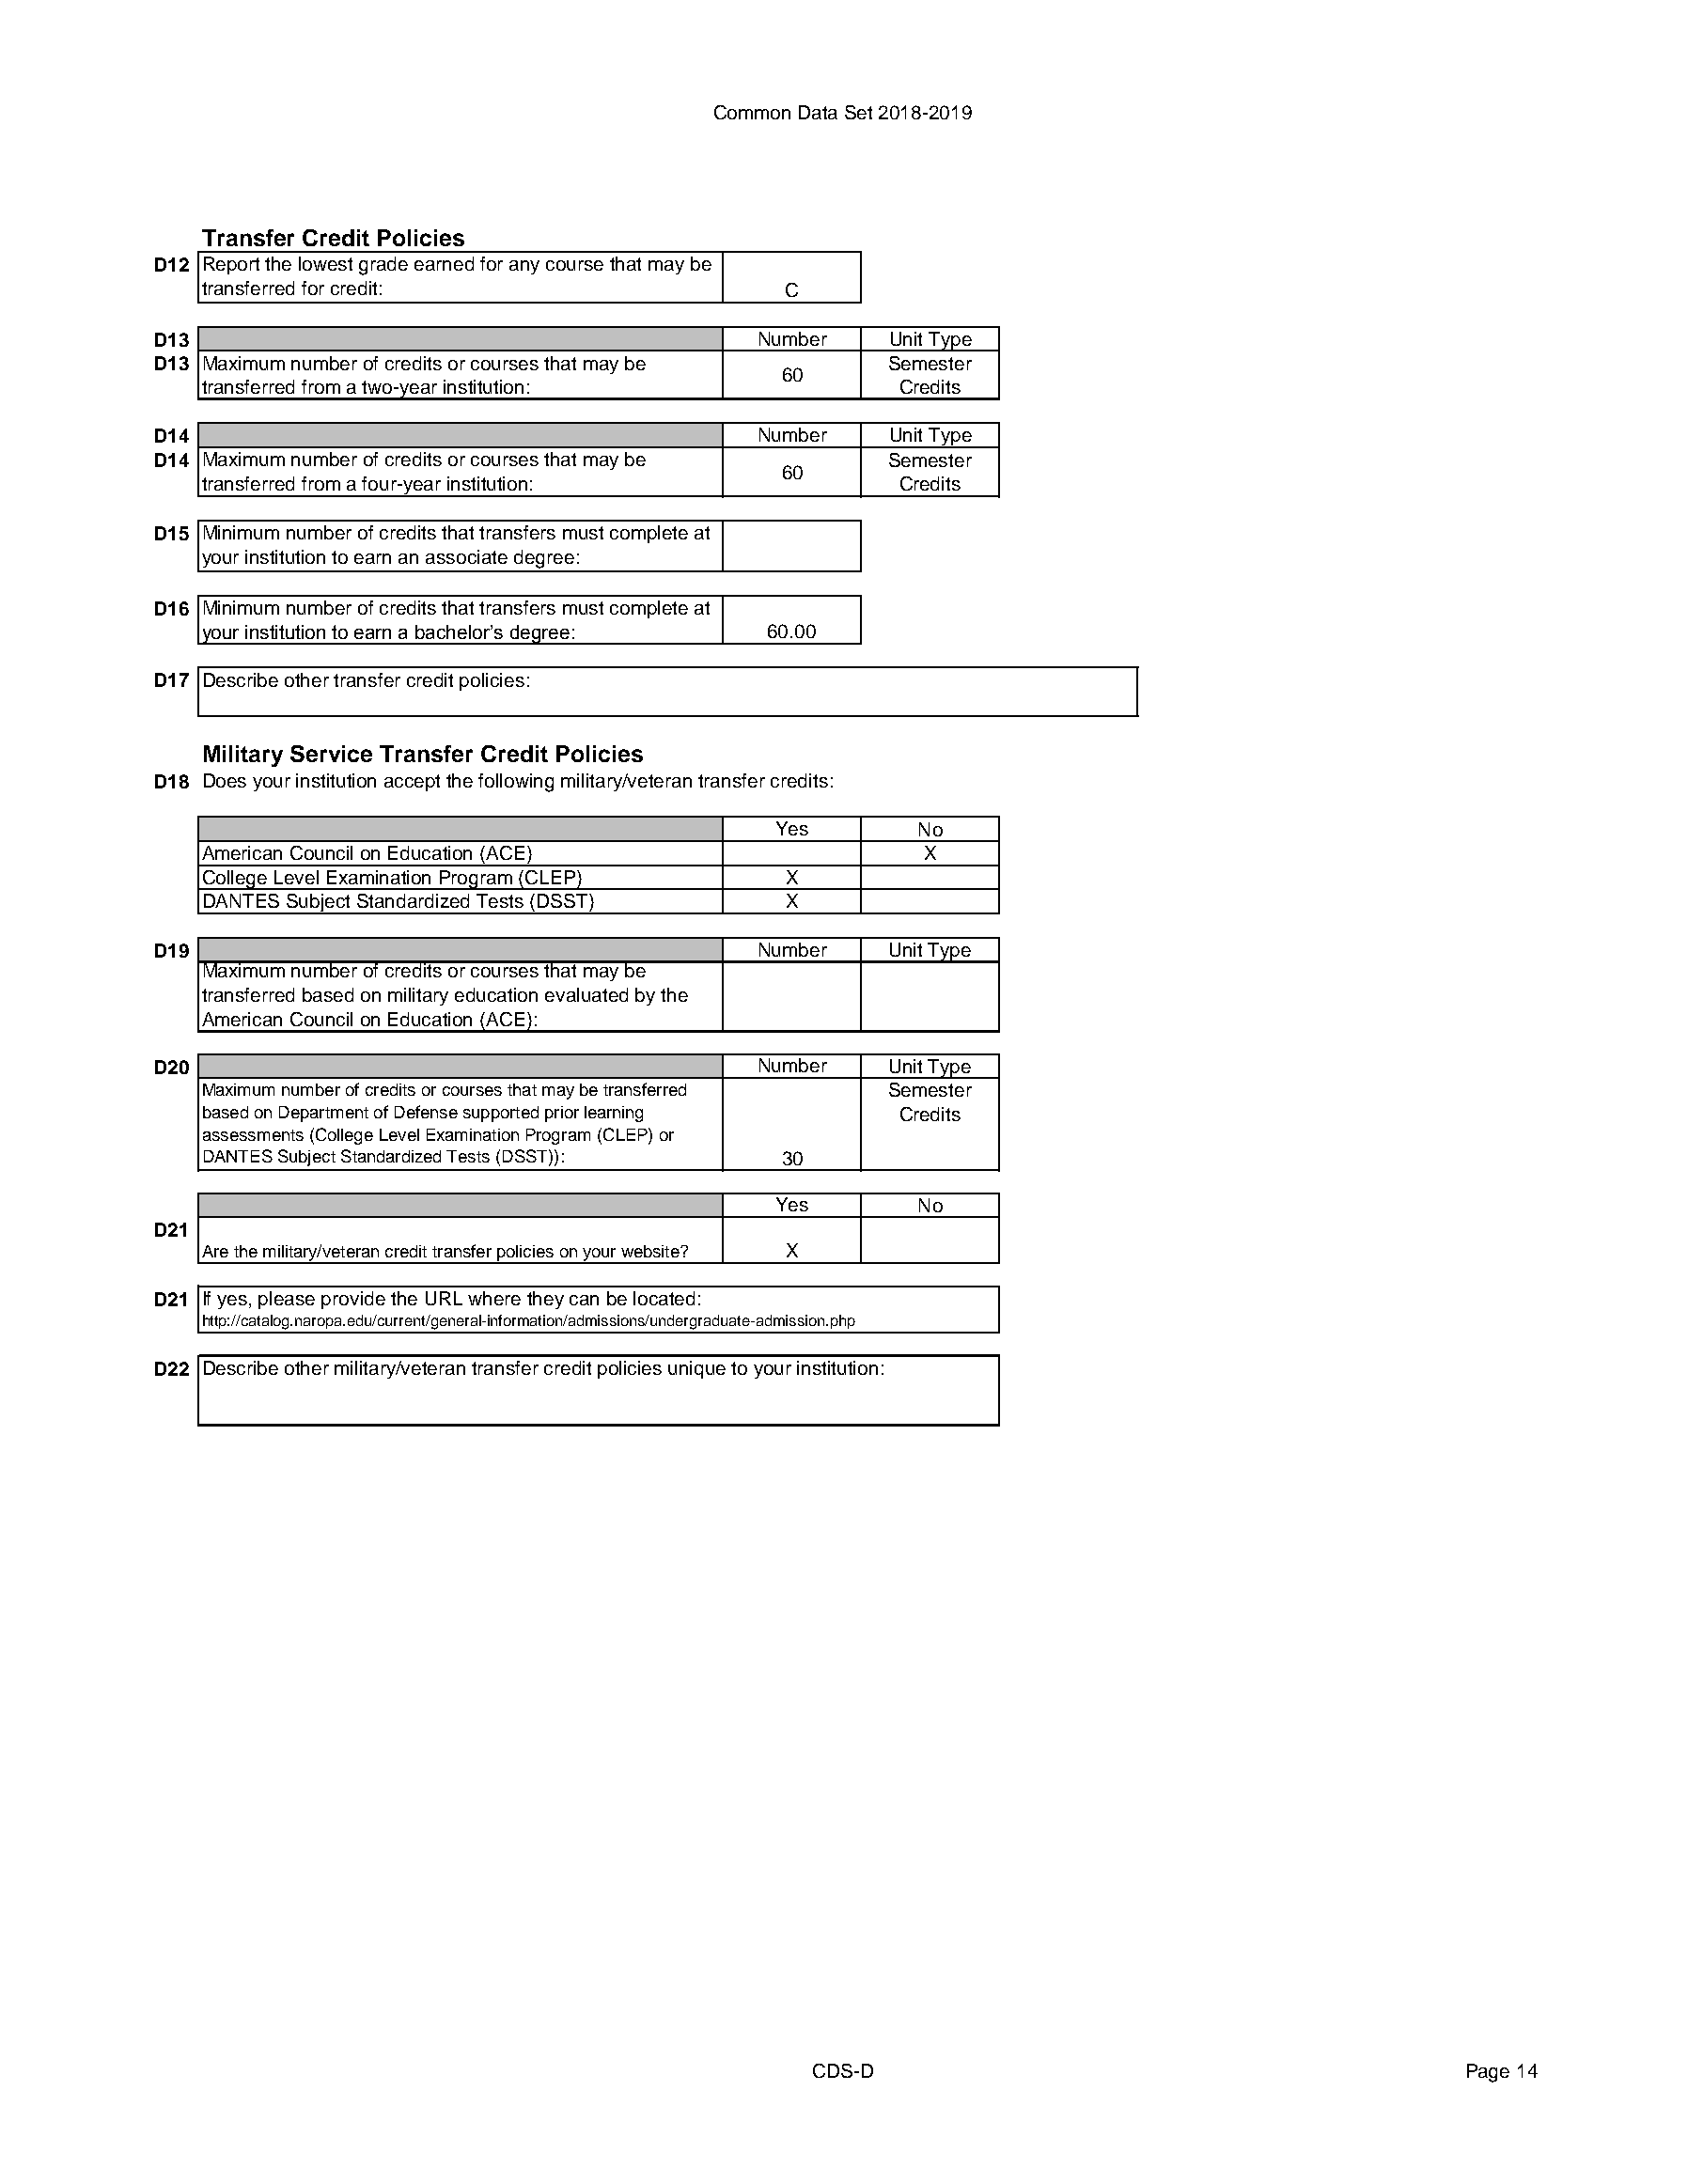
Common Data Set 2018-2019
 Transfer Credit Policies
 D12 Report the lowest grade earned for any course that may be
 transferred for credit:                  C
 D13                                       Number    Unit Type
 D13 Maximum number of credits or courses that may be Semester
 60
 transferred from a two-year institution:         Credits
 D14                                       Number    Unit Type
 D14 Maximum number of credits or courses that may be Semester
 60
 transferred from a four-year institution:        Credits
 D15 Minimum number of credits that transfers must complete at
 your institution to earn an associate degree:
 D16 Minimum number of credits that transfers must complete at
 your institution to earn a bachelor’s degree: 60.00
 D17 Describe other transfer credit policies:
 Military Service Transfer Credit Policies
 D18 Does your institution accept the following military/veteran transfer credits:
 Yes       No
 American Council on Education (ACE)                X
 College Level Examination Program (CLEP) X
 DANTES Subject Standardized Tests (DSST) X
 D19                                       Number    Unit Type
 Maximum number of credits or courses that may be
 transferred based on military education evaluated by the
 American Council on Education (ACE):
 D20                                       Number    Unit Type
 Maximum number of credits or courses that may be transferred Semester
 based on Department of Defense supported prior learning Credits
 assessments (College Level Examination Program (CLEP) or
 DANTES Subject Standardized Tests (DSST)): 30
 Yes       No
 D21
 Are the military/veteran credit transfer policies on your website? X
 D21 If yes, please provide the URL where they can be located:
 http://catalog.naropa.edu/current/general-information/admissions/undergraduate-admission.php
 D22 Describe other military/veteran transfer credit policies unique to your institution:
 CDS-D                                         Page 14